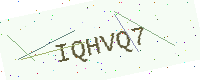
Text: IQHVQ7